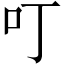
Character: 叮